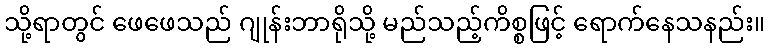
သို့ရာတွင် ဖေဖေသည် ဂျုန်းဘာရိုသို့ မည်သည့်ကိစ္စဖြင့် ရောက်နေသနည်း။